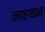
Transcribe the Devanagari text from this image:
नाहयन